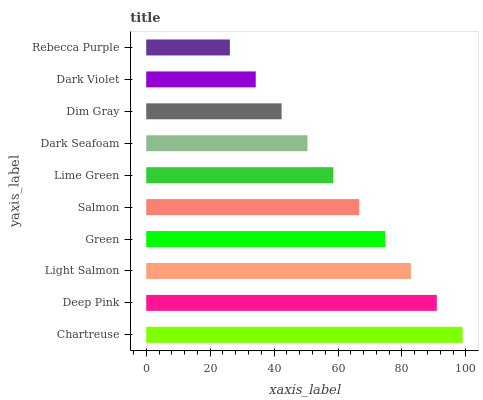
| yaxis_label | bars |
 | --- | --- |
 | Chartreuse | 99 |
 | Deep Pink | 90.9 |
 | Light Salmon | 82.8 |
 | Green | 74.7 |
 | Salmon | 66.6 |
 | Lime Green | 58.5 |
 | Dark Seafoam | 50.4 |
 | Dim Gray | 42.4 |
 | Dark Violet | 34.3 |
 | Rebecca Purple | 26.2 |